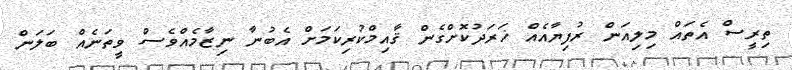
ތިރީސް އެތައް މިލިއަން ރުފިޔާއެއް ޚަރަދުކޮށްގެން ޤާއިމްކުރިކަމަށް އެބުނާ ނިޒާމެއްވެސް ވީތަނެއް ބަލަން